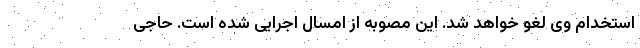
استخدام وی لغو خواهد شد. این مصوبه از امسال اجرایی شده است. حاجی